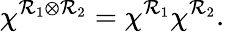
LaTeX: \chi^{\mathcal{R}_{1}\otimes\mathcal{R}_{2}}=\chi^{\mathcal{R}_{1}}\chi^{\mathcal{R}_{2}}.